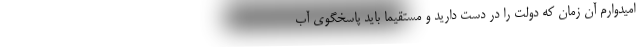
امیدوارم آن زمان که دولت را در دست دارید و مستقیماً باید پاسخگوی آب